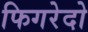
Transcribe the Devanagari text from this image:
फिगरेदो